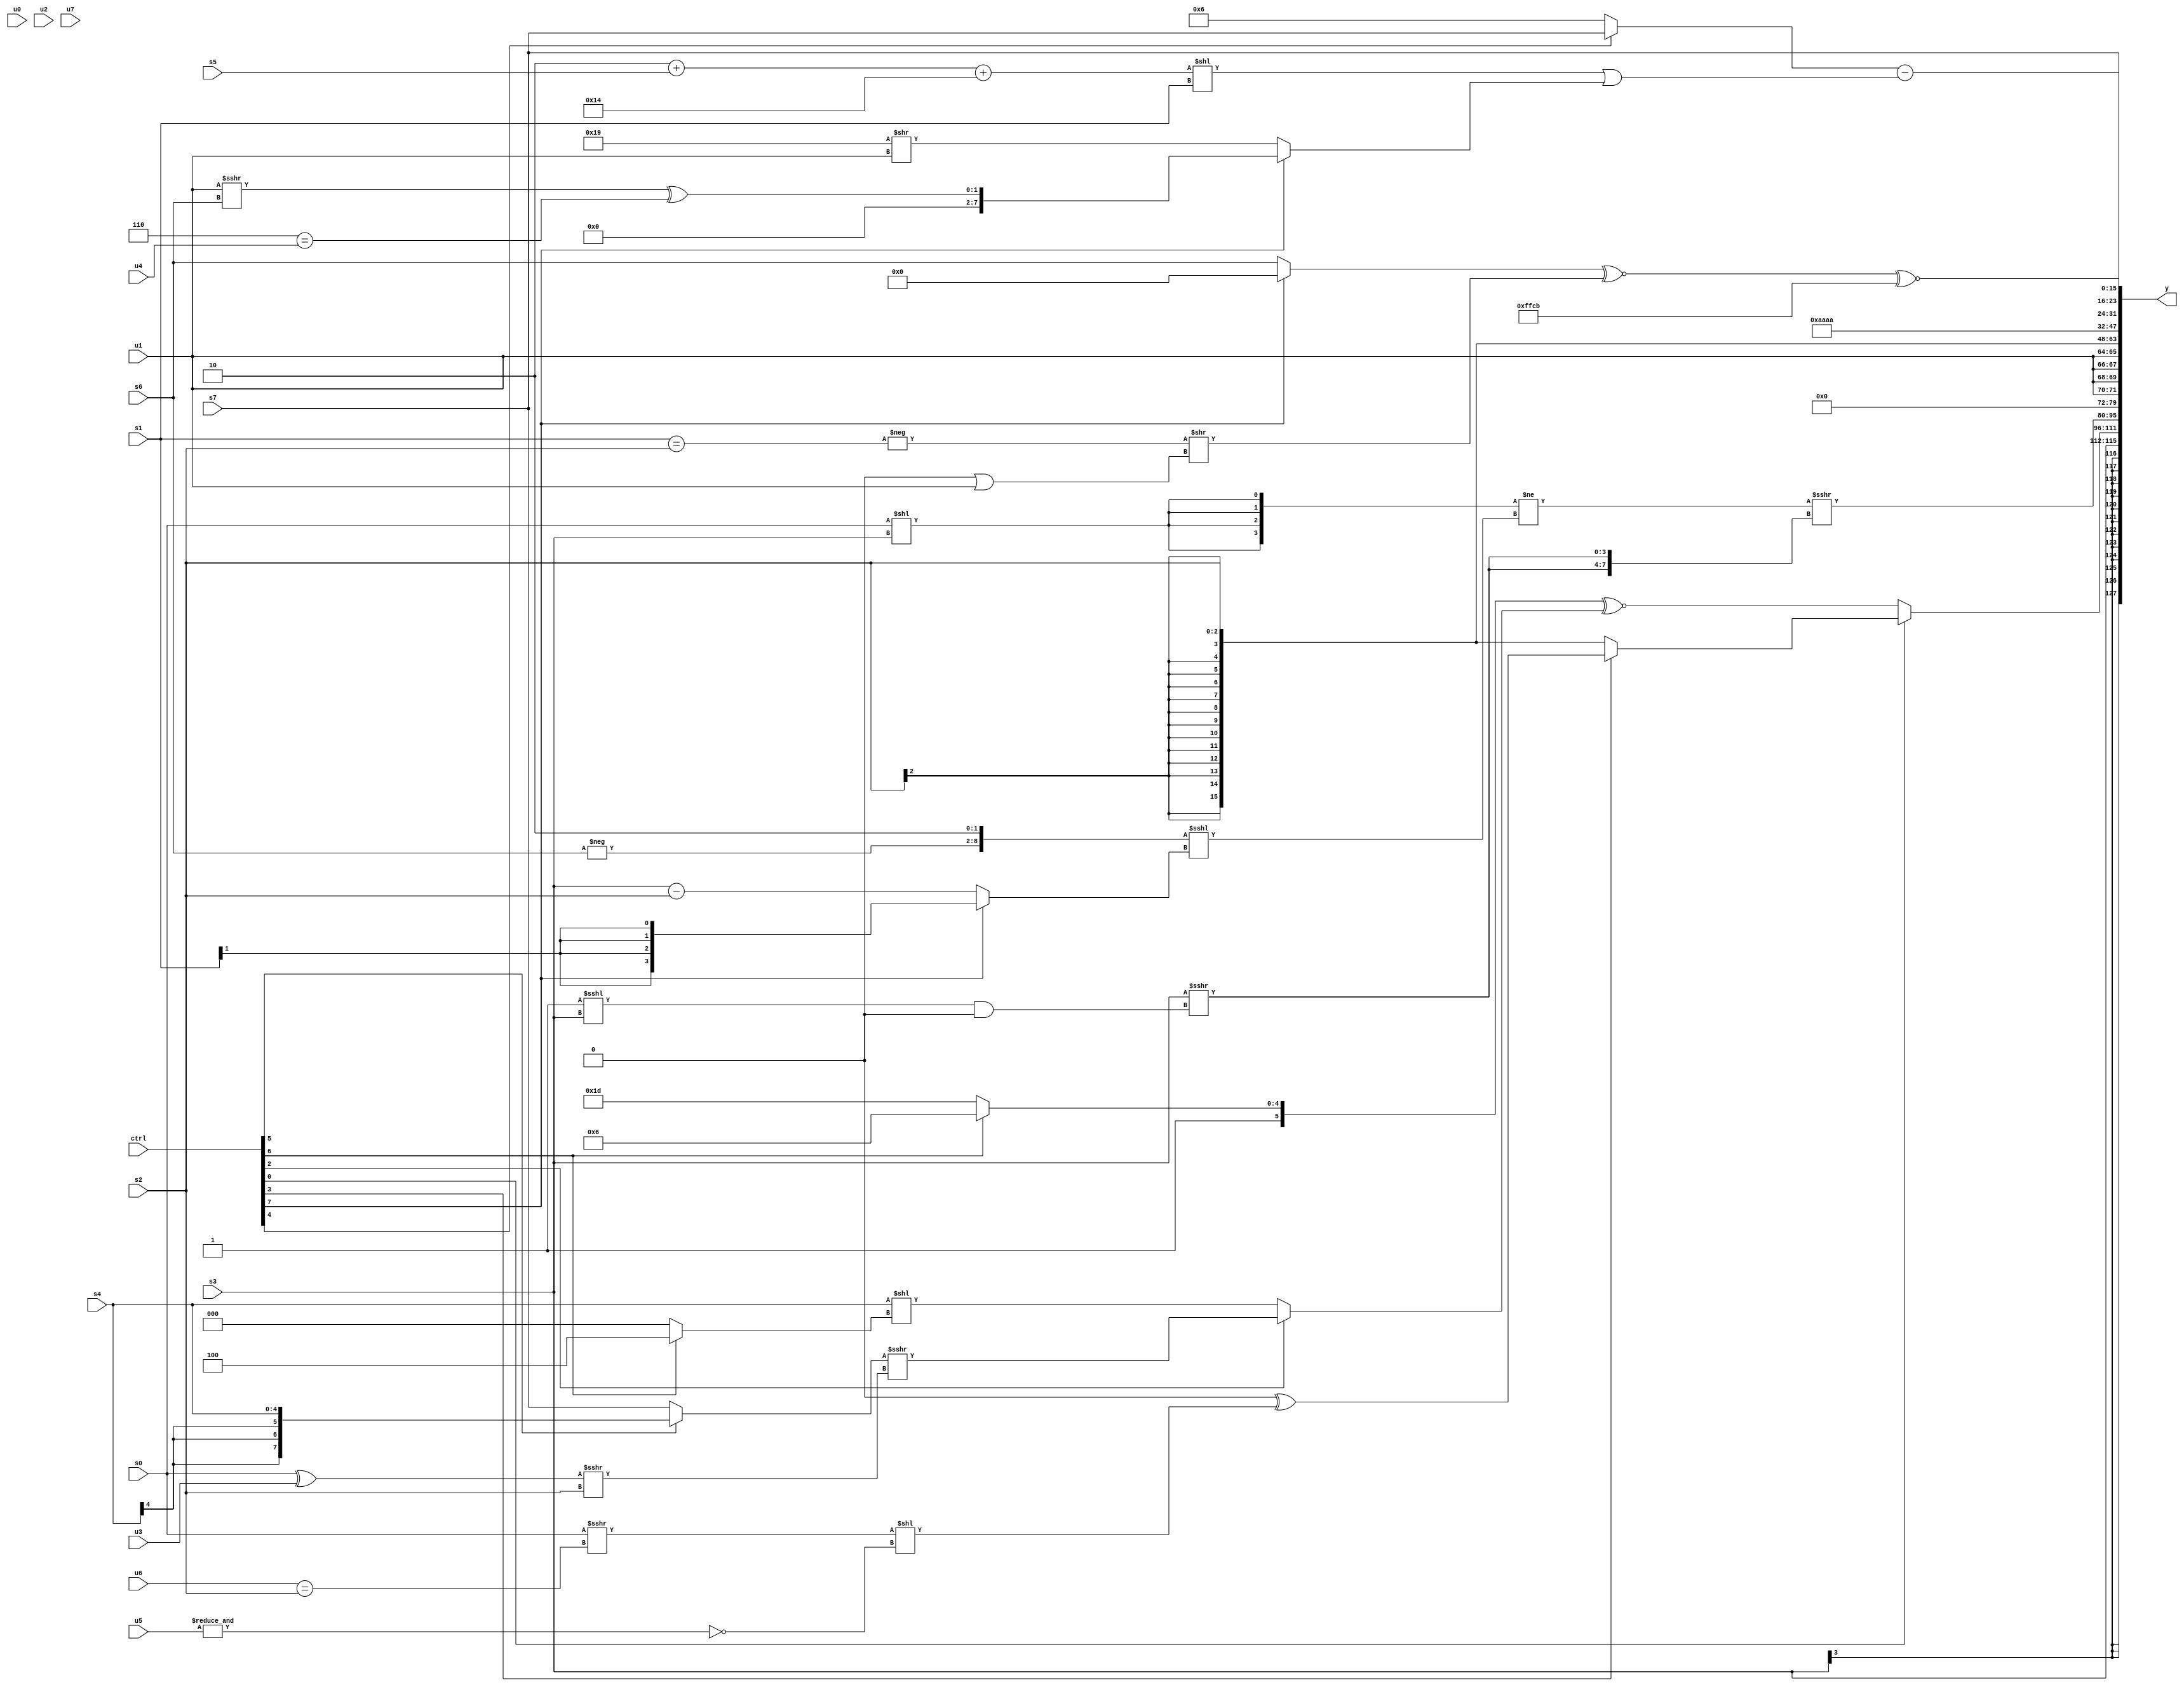
module wideexpr_00864(ctrl, u0, u1, u2, u3, u4, u5, u6, u7, s0, s1, s2, s3, s4, s5, s6, s7, y);
  input [7:0] ctrl;
  input [0:0] u0;
  input [1:0] u1;
  input [2:0] u2;
  input [3:0] u3;
  input [4:0] u4;
  input [5:0] u5;
  input [6:0] u6;
  input [7:0] u7;
  input signed [0:0] s0;
  input signed [1:0] s1;
  input signed [2:0] s2;
  input signed [3:0] s3;
  input signed [4:0] s4;
  input signed [5:0] s5;
  input signed [6:0] s6;
  input signed [7:0] s7;
  output [127:0] y;
  wire [15:0] y0;
  wire [15:0] y1;
  wire [15:0] y2;
  wire [15:0] y3;
  wire [15:0] y4;
  wire [15:0] y5;
  wire [15:0] y6;
  wire [15:0] y7;
  assign y = {y0,y1,y2,y3,y4,y5,y6,y7};
  assign y0 = s3;
  assign y1 = (ctrl[0]?(ctrl[3]?(1'sb0)^(((s0)>>>($signed((u6)==(s2))))<<({1{$signed(~&(u5))}})):s2):((ctrl[6]?6'sb100110:6'sb111101))^~((ctrl[2]?((ctrl[5]?s4:s7))>>>(($unsigned((s0)^(u3)))>>>(s2)):($signed(s4))<<((ctrl[6]?{4'sb0100}:($signed(4'sb0110))<=(3'sb010))))));
  assign y2 = (({4{(s0)<<($unsigned(s3))}})!=(({-(s6),|(5'sb11000),(1'sb0)<<(6'sb010101)})<<<((ctrl[7]?(s1)>>>(6'b101111):(s3)-(s2)))))>>>({2{(s3)>>>(((2'b01)<<<(s3))&((u1)<<<(4'b1100)))}});
  assign y3 = {4{u1}};
  assign y4 = s2;
  assign y5 = {4{4'sb1010}};
  assign y6 = {((ctrl[0]?s0:$signed(((ctrl[5]?s4:s1))==($signed(s6)))))<<<((+($signed(((|(4'sb0100))<=(+((s2)&(6'sb101001))))&(({2{1'sb0}})==(((ctrl[0]?s3:u5))|($signed(3'sb100)))))))+(1'sb0)),({5'sb10000,({(ctrl[0]?s4:((ctrl[1]?(6'sb000111)>>(6'b010010):(1'sb0)<<(s6)))<<(|(+(s5)))),$signed((&((s3)>>(3'b101)))<<((ctrl[0]?(6'sb010100)<<<(s5):s6))),3'sb111})<((ctrl[3]?(ctrl[4]?u3:(ctrl[0]?((s6)>>(1'b0))+((3'b101)>(s0)):!((s5)^(s3)))):{(ctrl[2]?({1{5'sb00010}})^($unsigned(5'b00110)):5'b10111),$signed({1{(4'sb1011)<<<(2'sb01)}}),4'sb1010})),~((((({3{3'sb001}})>>(~^(2'sb10)))+((ctrl[7]?(u2)<<(s2):(6'b011000)>(u1))))^(~(((ctrl[1]?2'sb10:s7))+($signed(s3)))))-(+(((s1)>>>(u1))<({5'sb01100,(2'sb01)<<<(s5),(ctrl[5]?u6:u2),(ctrl[1]?3'sb111:4'sb0000)}))))})<<<(s6),{1{{s7,((ctrl[4]?$signed(+(s7)):+(+(6'sb000110))))-(((((2'sb10)+(s5))+(5'sb10100))<<(s1))|((ctrl[7]?($signed((u1)>>>(s6)))^(+((3'sb110)==(u4))):+(({1{5'sb11001}})>>($signed(u1))))))}}},s7};
  assign y7 = (((ctrl[7]?1'sb0:s6))^~((-((s1)==(s2)))>>(((1'b0)==(5'sb00100))|(u1))))^~(-(+(6'sb110101)));
endmodule